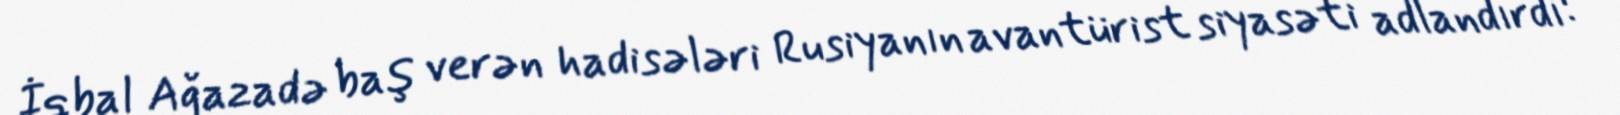
İqbal Ağazadə baş verən hadisələri Rusiyanın avantürist siyasəti adlandırdı: